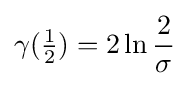
\gamma ({\tfrac {1}{2}})=2\ln {\frac {2}{\sigma }}